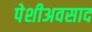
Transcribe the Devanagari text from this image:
पेशीअवसाद